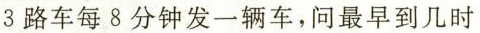
3路车每8分钟发一辆车，问最早到几时